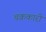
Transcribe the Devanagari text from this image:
चक्रकारी